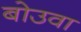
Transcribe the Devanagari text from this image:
बोउवा